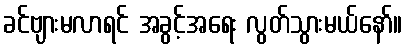
ခင်ဗျားမလာရင် အခွင့်အရေး လွတ်သွားမယ်နော်။